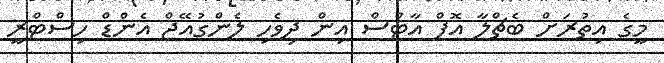
މީގެ އިތުރަށް ބެޗްލާ އޮފް އާޓްސް އިން ދިވެހި ލެންގުއޭޖް އެންޑް ހިސްޓްރީ